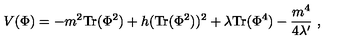
V ( \Phi ) = - m ^ { 2 } \mathrm { T r } ( \Phi ^ { 2 } ) + h ( \mathrm { T r } ( \Phi ^ { 2 } ) ) ^ { 2 } + \lambda \mathrm { T r } ( \Phi ^ { 4 } ) - { \frac { m ^ { 4 } } { 4 \lambda ^ { \prime } } } \ ,